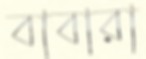
বাবারা